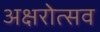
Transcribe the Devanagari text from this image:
अक्षरोत्सव